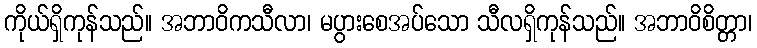
ကိုယ်ရှိကုန်သည်။ အဘာဝိကသီလာ၊ မပွားစေအပ်သော သီလရှိကုန်သည်။ အဘာဝိစိတ္တာ၊